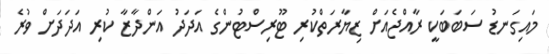
މައިގަނޑު ސަބަބަކީ ރާއްޖެއަށް ޒިޔާރަތްކުރި ޓޫރިސްޓުންގެ އަދަދު އަންދާޒާ ކުރި އަދަދަށް ވުރެ